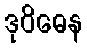
ဒုဝိဓေန